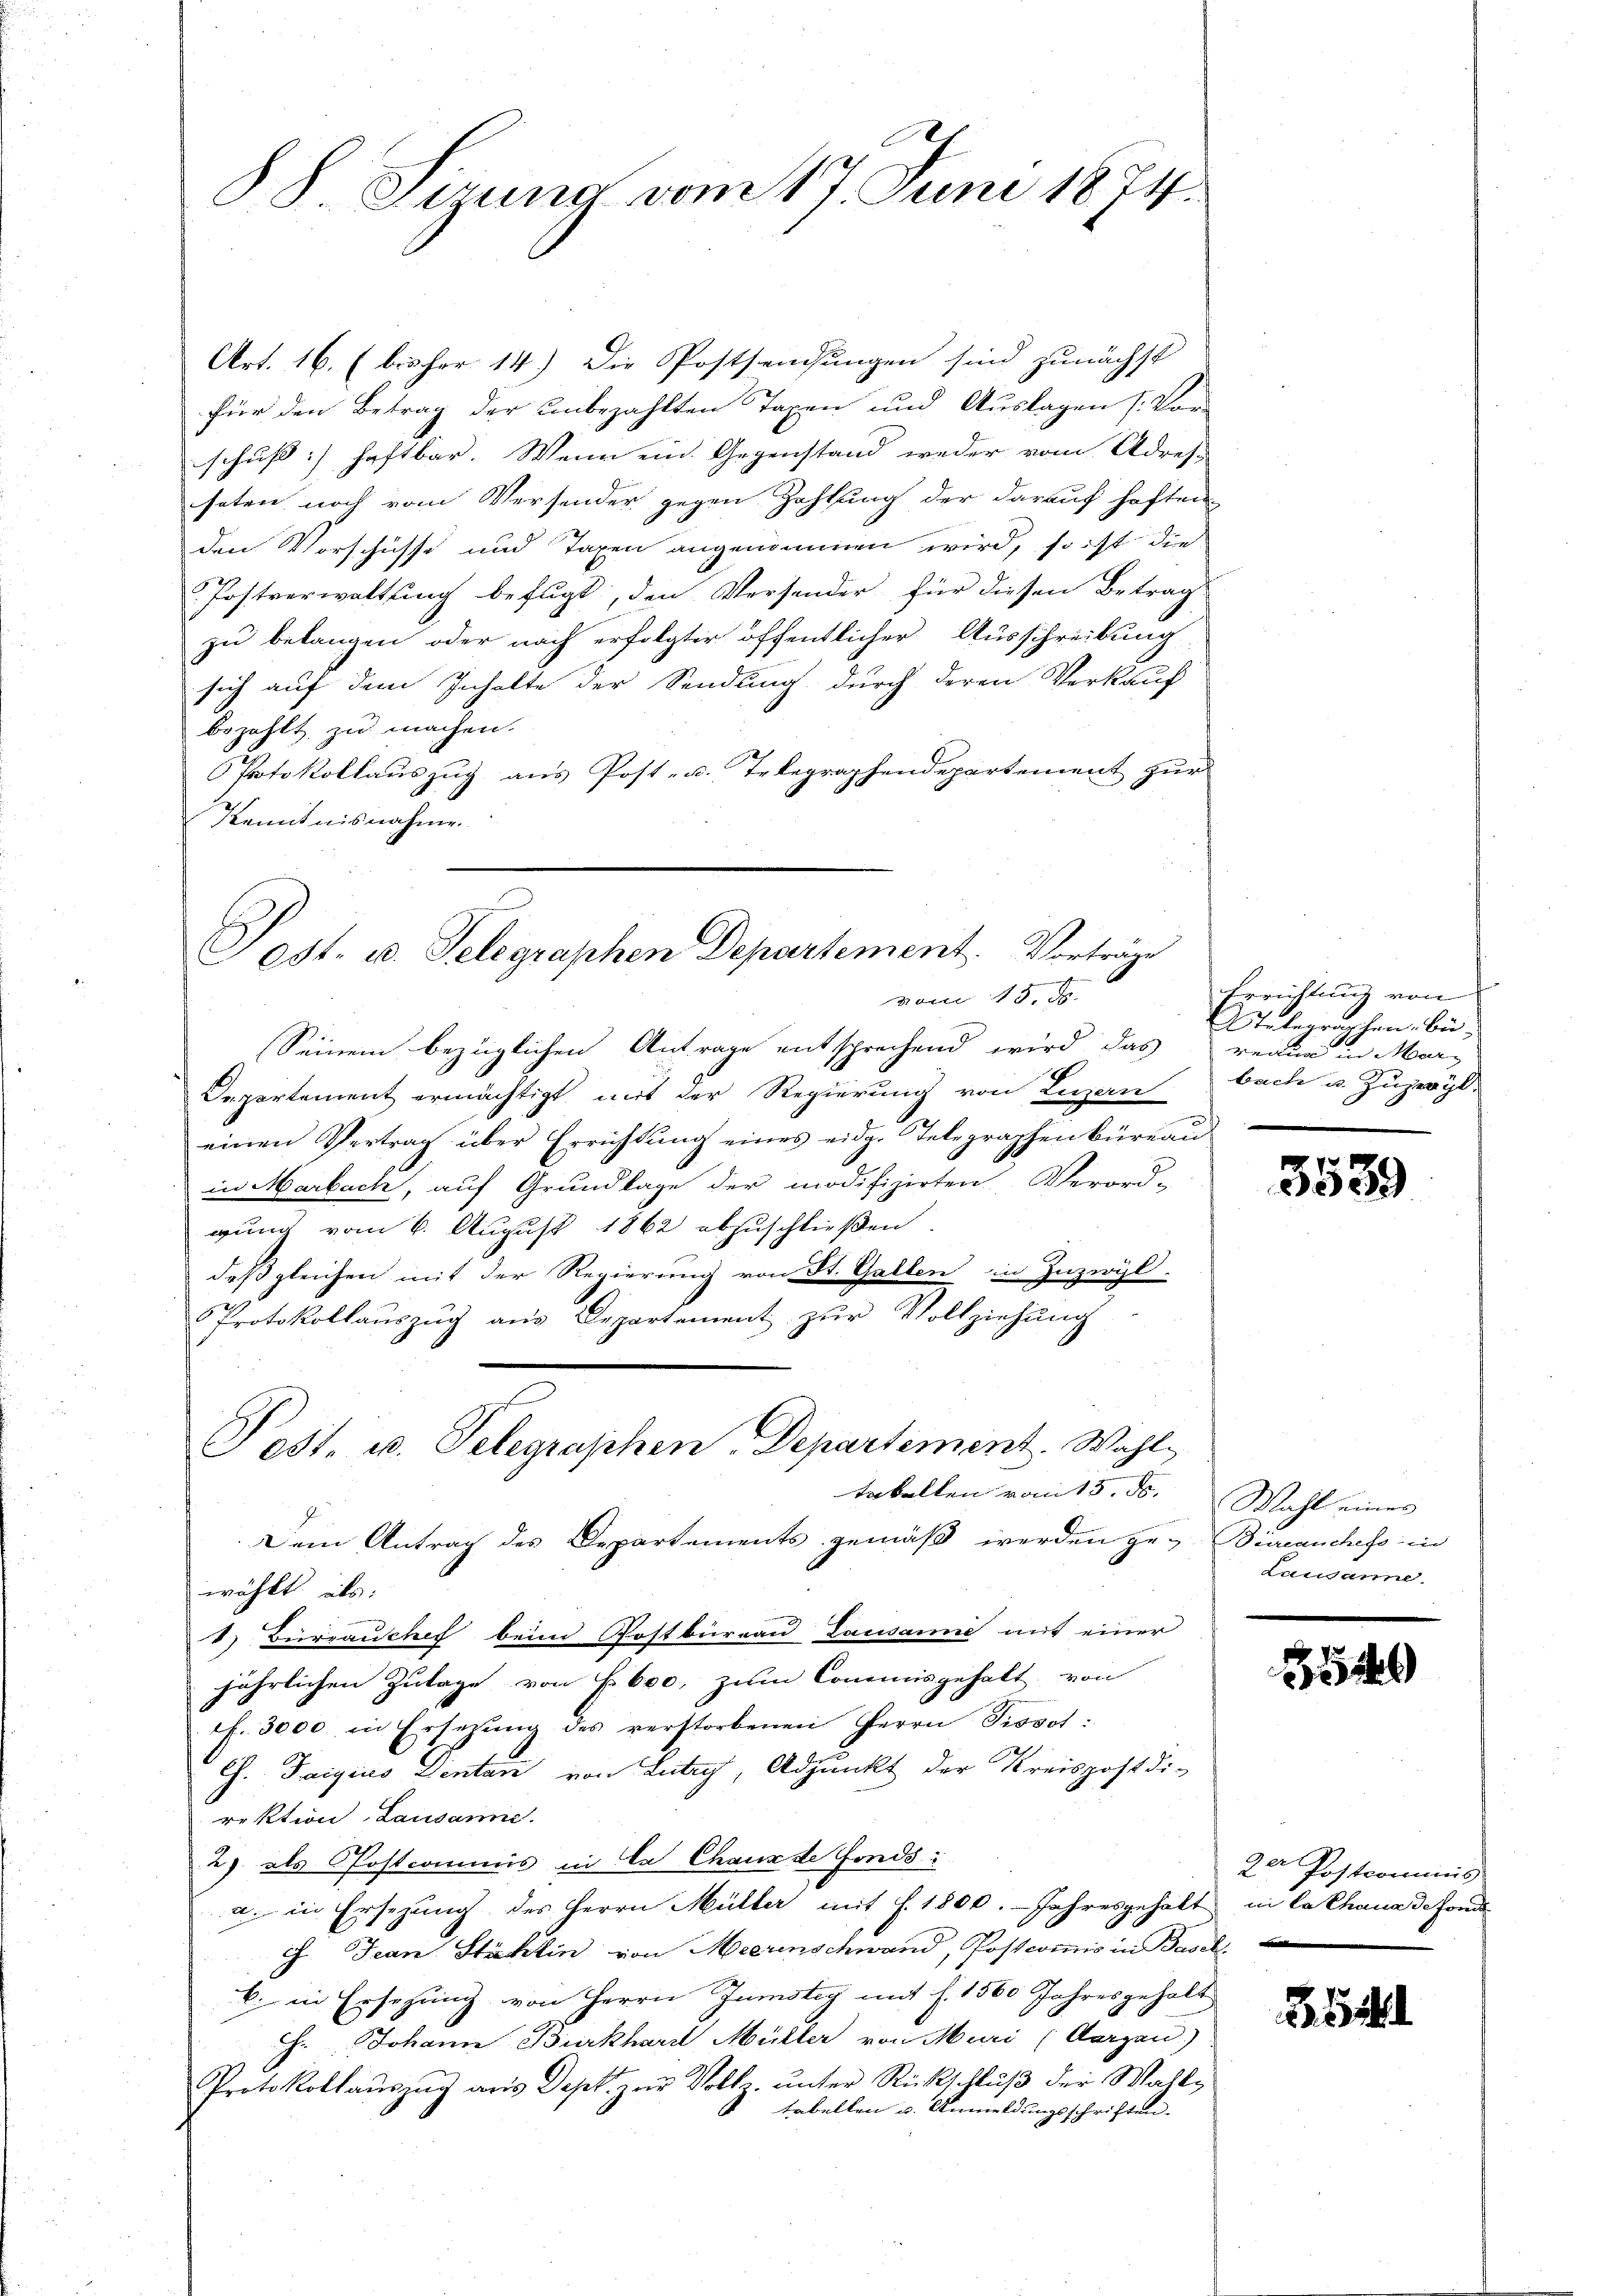
88 erung vom 17. Juni 1874.

Art. 16. (bisher 14.) Die Postsendungen sind zunächst
für den Betrag der unbezahlten Taxen und Auslagen (: Vorschuß haftbar. Wenn ein Gegenstand weder vom Adres-
seten noch vom Versender gegen Zahlung der darauf haften
den Vorschüsse und Taxen angenommen wird, so ist die
Postverwaltung befugt, den Versonder für diesen Betrag
zu belangen oder nach erfolgter öffentlicher Ausschreibung
sich auf dem Inhalte der Sendung durch deren Verkauf
bezahlt zu machen.
Protokollauszug aus Post- u. Telegraphendepartement zur
Kenntnisnahme.
einen Vertrag über Errichtung eines eidg. Telegraphenbüreau
in Marbach, auf Grundlage der modifizirten Verord-
gung vom 6. August 1862 abzuschließen.
deßgleichen mit der Regierung von St. Gallen in Zuzwyl
Protokollauszug aus Departement zur Vollziehung
Post. u. Telegraphen-Departement. Wahl-
Erkalten vom 15. ds.
Dem Antrag des Departements gemäß werden ge-Büreauchess in
wählt, als:
d. Burrauchef beim Rostbureau Lausanne mit einer
jährlichen Zulage von f. 600. zum Commisgehalt von
cf. 3000 in Ersetzung des verstorbenen Herrn Tissot:
Ch. Taigius Dentan von Lutry, Adjunkt der Kreispostdi-
rektion Lausanne.
2) als Postcommis in Ca Chaux de fonds:
a. in Ersezung des Herrn Müller mit s. 1800. Jahresgehalt in Cathaus de fonde
7. Jean Stättin von Meerenschwand, Postcommis in Basel
b. in Ersezung von Herrn Zumstey mit f. 1560 Jahresgehalt
h. Johann Burkhard Müller von Muri (Aargau)
Protokollauszug aus Dept. zur Vollz. unter Rückschluß der Wahltabellen u. Anmeldungsschriften.

Post. u. Telegraphen Departement. Vorträge
vom 15. J
Seinem bezüglichen Antrage entsprechend wird das reau in Marx
Departement ermächtigt mit der Regierung von Luzern bach u. Zuzwyl,

Errichtung von
Selegraphen, bi

f
3039

Wahl eines
Lausanne.

850

54

2er Postrominis